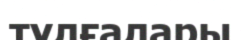
түлғалары